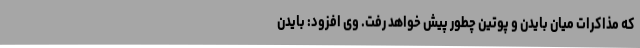
که مذاکرات میان بایدن و پوتین چطور پیش خواهد رفت. وی افزود: بایدن